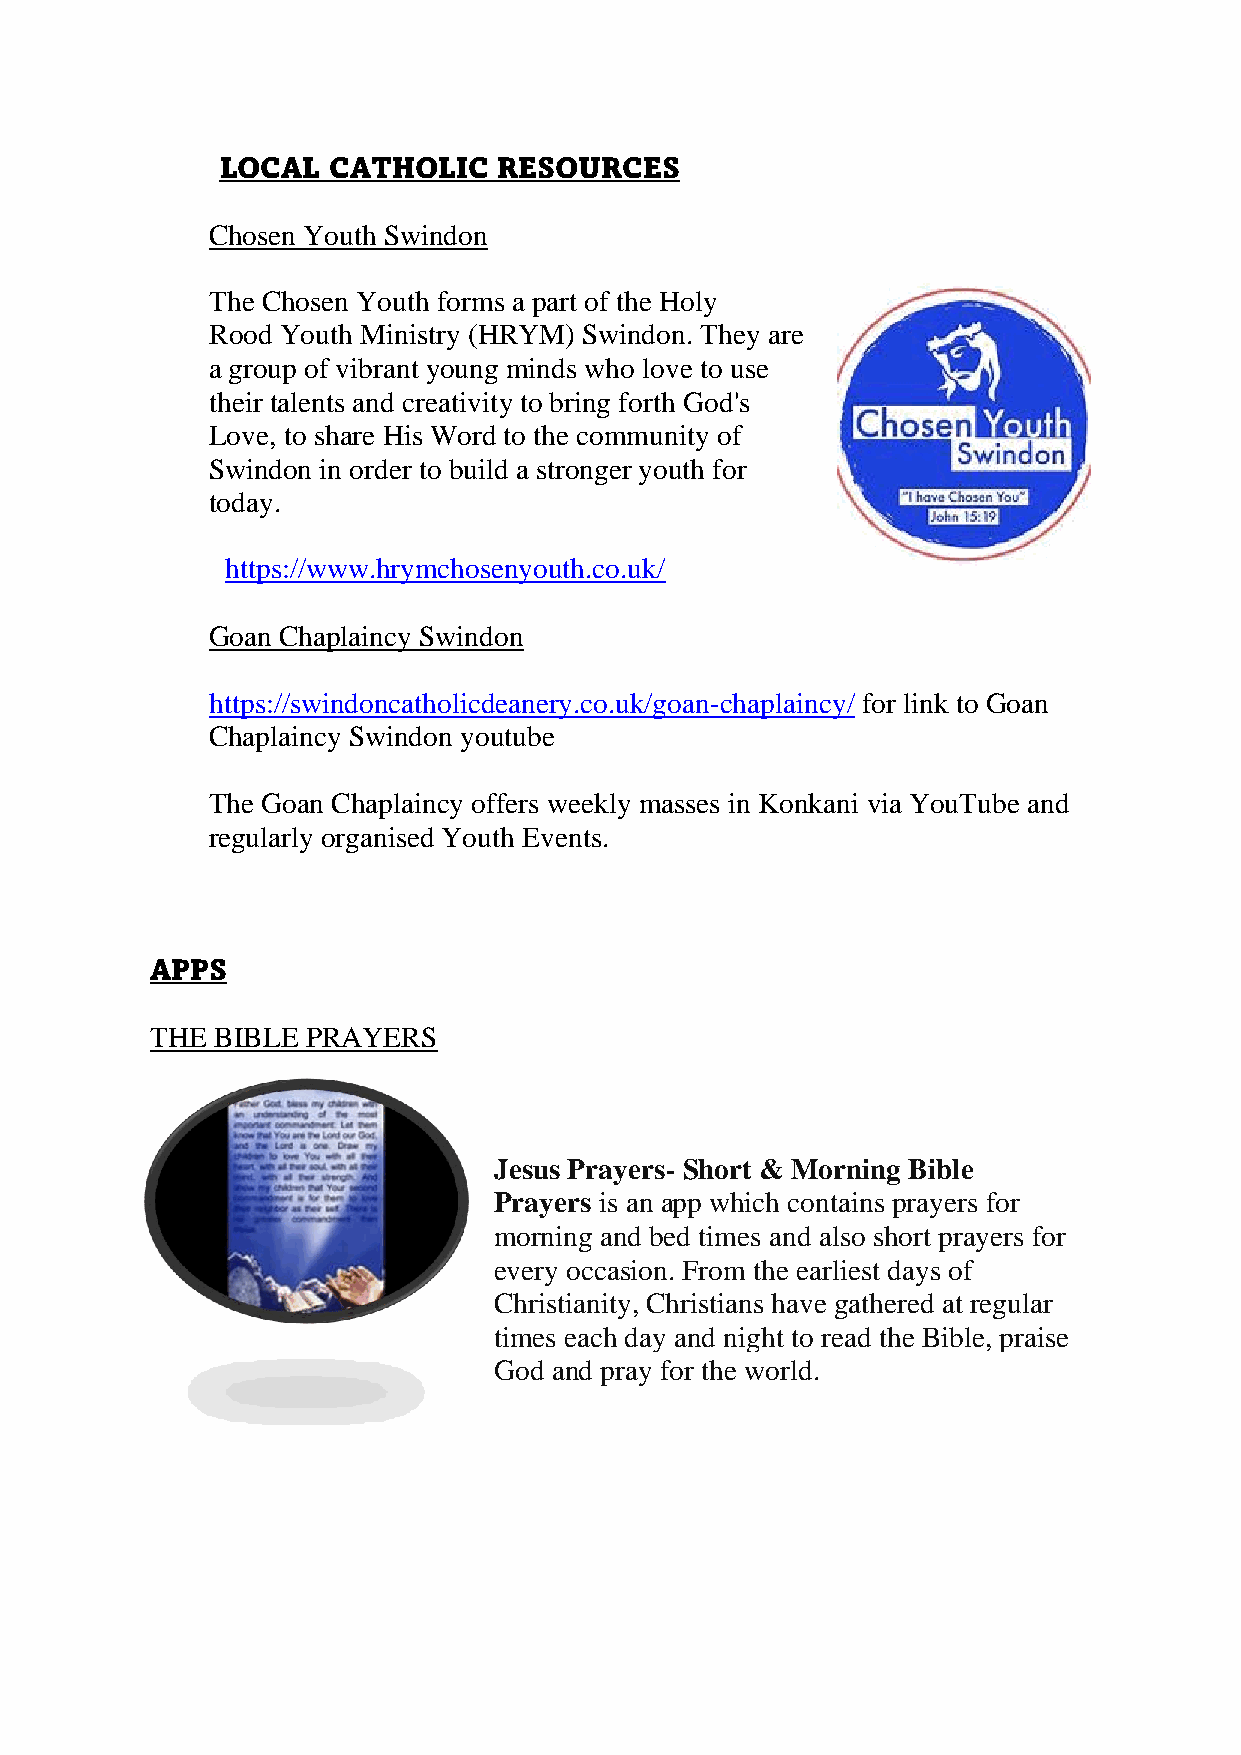
LOCAL  CATHOLIC   RESOURCES
 Chosen Youth Swindon
 The Chosen Youth forms a part of the Holy
 Rood Youth Ministry (HRYM) Swindon. They are
 a group of vibrant young minds who love to use
 their talents and creativity to bring forth God's
 Love, to share His Word to the community of
 Swindon in order to build a stronger youth for
 today.
 https://www.hrymchosenyouth.co.uk/
 Goan Chaplaincy Swindon
 https://swindoncatholicdeanery.co.uk/goan-chaplaincy/ for link to Goan
 Chaplaincy Swindon youtube
 The Goan Chaplaincy offers weekly masses in Konkani via YouTube and
 regularly organised Youth Events.
 APPS
 THE BIBLE PRAYERS
 Jesus Prayers- Short & Morning Bible
 Prayers is an app which contains prayers for
 morning and bed times and also short prayers for
 every occasion. From the earliest days of
 Christianity, Christians have gathered at regular
 times each day and night to read the Bible, praise
 God and pray for the world.